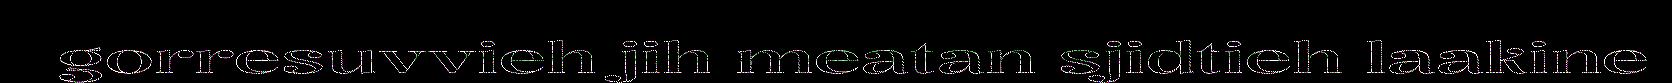
gorresuvvieh jih meatan sjidtieh laakine